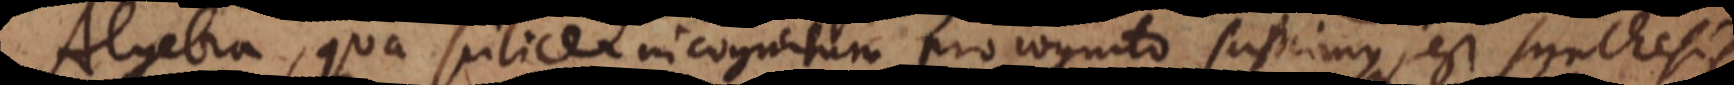
Algebra, qua scilicet incognitum pro cognito sumimus, est synthesis